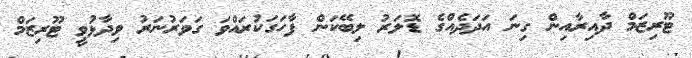
ޓޫރިޒަމް ދާއިރާއިން ގިނަ އަދަދެއްގެ ޑޮލަރު ލިބޭކަން ފާހަގަކުރައްވަ ގަވަރުނަރު ވިދާޅުވީ ޓޫރިޒަމް